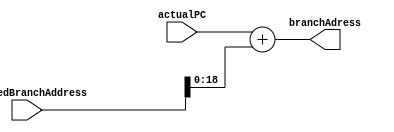
module PCShiftAdder (actualPC, shiftedBranchAddress, branchAdress);
  input [63:0] actualPC;
  input [63:0] shiftedBranchAddress; 
  output reg [63:0] branchAdress;


  
  always @(actualPC, shiftedBranchAddress) 
  begin
	branchAdress <= actualPC + shiftedBranchAddress[18:0];
  end

endmodule